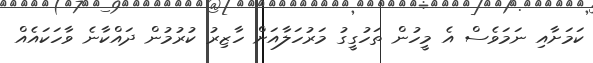
ކަމަށާއި ނަމަވެސް އެ މީހުން ތަހުގީގު މަރުހަލާއަށް ހާޒިރު ކުރުމުން ދައްކާނެ ވާހަކައެއް